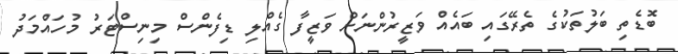
ބޮޑެތި ބަަލުތަކުގެ ތެރޭގައި ބައެއް ވަޒީރުންނަށް ވަޒީފާ ގެއްލި ޑިފެންސް މިނިސްޓަރު މުހައްމަދު